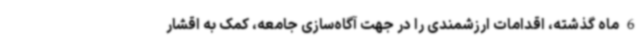
6 ماه گذشته، اقدامات ارزشمندی را در جهت آگاه‌سازی جامعه، کمک به اقشار